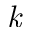
\emph { k }